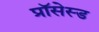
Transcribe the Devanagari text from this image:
प्रॉसेस्ड